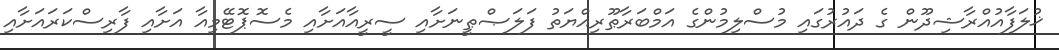
ޚުލަފާއުއްރާޝިދޫން ގެ ދައުރުގައި މުސްލިމުންގެ އަމްބަރާޠޫރިއްޔަތު ފަލަޞްޠީނަށާއި ސީރީއާއަށާއި މެސޮޕޮޓޭމިއާ އަށާއި ފާރިސްކަރައަށާއި